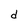
Character: d